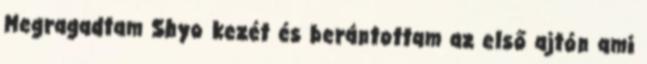
Megragadtam Shyo kezét és berántottam az első ajtón ami